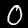
Digit: 0